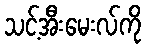
သင့်အီးမေးလ်ကို